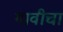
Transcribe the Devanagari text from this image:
गावीचा